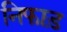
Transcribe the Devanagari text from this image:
निफाड़